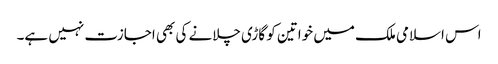
اس اسلامی ملک میں خواتین کو گاڑی چلانے کی بھی اجازت نہیں ہے۔